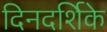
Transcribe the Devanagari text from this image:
दिनदर्शिके